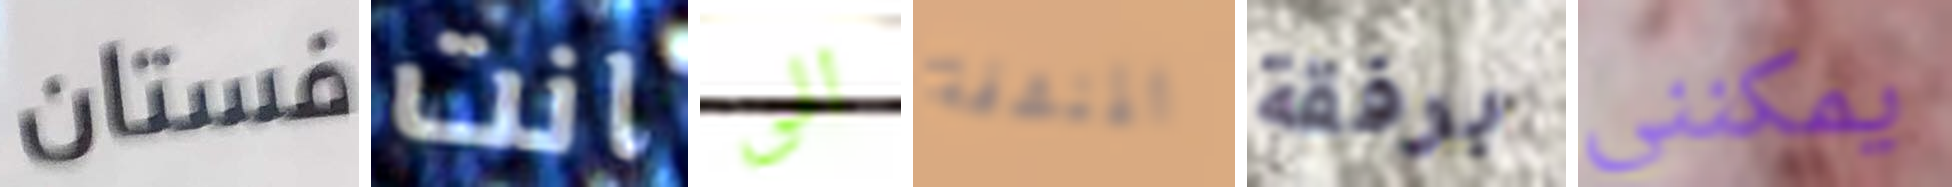
فستان انت الى المنشفة برفقة يمكنني